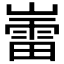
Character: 𫶘